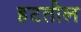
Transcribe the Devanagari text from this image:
हटतील